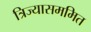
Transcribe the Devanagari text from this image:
त्रिज्यासममित